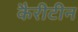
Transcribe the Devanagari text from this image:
कैरीटीन